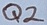
Text: Q2